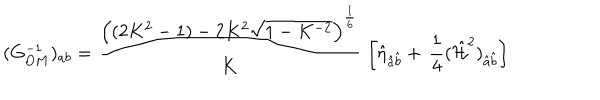
( G _ { O M } ^ { - 1 } ) _ { a b } = { \frac { \left( ( 2 K ^ { 2 } - 1 ) - 2 K ^ { 2 } \sqrt { 1 - K ^ { - 2 } } \right) ^ { \frac { 1 } { 6 } } } { K } } \, \left[ \hat { \eta } _ { \hat { a } \hat { b } } + \, { \frac { 1 } { 4 } } ( \hat { { \cal H } } ^ { 2 } ) _ { \hat { a } \hat { b } } \right]